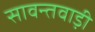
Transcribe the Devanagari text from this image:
सावन्तवाड़ी